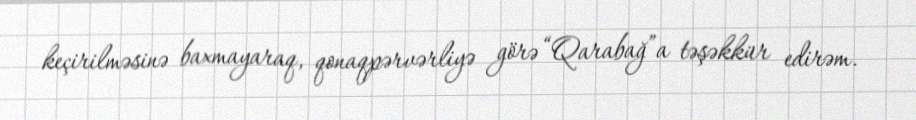
keçirilməsinə baxmayaraq, qonaqpərvərliyə görə “Qarabağ”a təşəkkür edirəm.